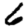
Digit: 6